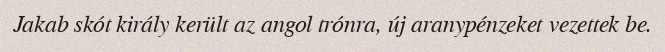
Jakab skót király került az angol trónra, új aranypénzeket vezettek be.